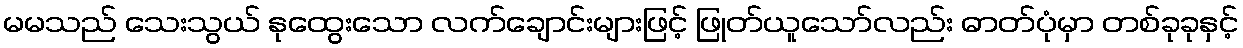
မမသည် သေးသွယ် နုထွေးသော လက်ချောင်းများဖြင့် ဖြုတ်ယူသော်လည်း ဓာတ်ပုံမှာ တစ်ခုခုနှင့်